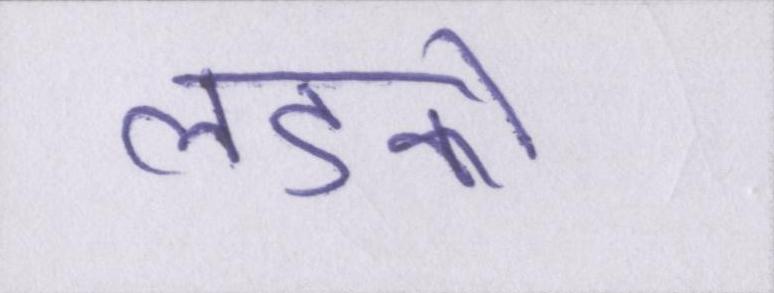
लडको